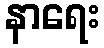
နာရေး